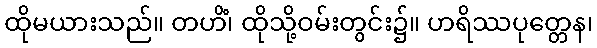
ထိုမယားသည်။ တဟိံ၊ ထိုသို့ဝမ်းတွင်း၌။ ဟရိဿပုတ္တေန၊